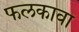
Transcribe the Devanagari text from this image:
फलकावा